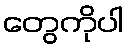
တွေကိုပါ